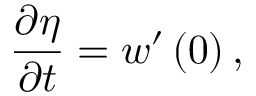
{ \frac { \partial \eta } { \partial t } } = w ^ { \prime } \left( 0 \right) ,